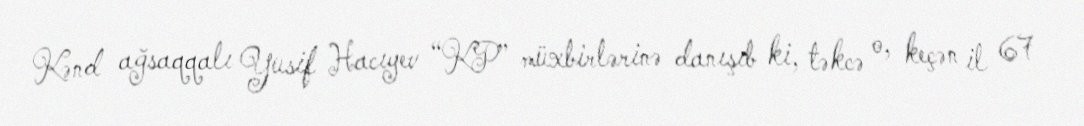
Kənd ağsaqqalı Yusif Hacıyev “KP” müxbirlərinə danışıb ki, təkcə o, keçən il 67